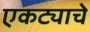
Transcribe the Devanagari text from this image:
एकट्याचे